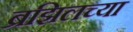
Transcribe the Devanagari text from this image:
ब्रझिलच्या